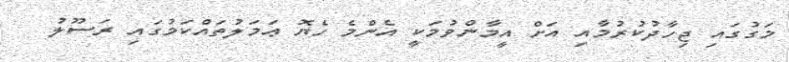
މަގުގައި ޖިހާދުކުރުމާއި އަށް އީމާންވުމަކީ އެންމެ ހެޔޮ ޢަމަލުތައްކަމުގައި ރަސޫލު